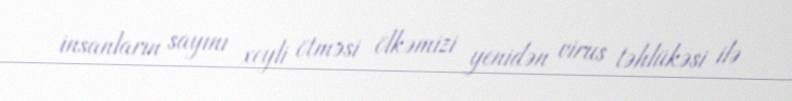
insanların sayını xeyli ötməsi ölkəmizi yenidən virus təhlükəsi ilə